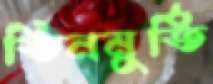
তিনমুর্তি